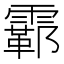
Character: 𫕮